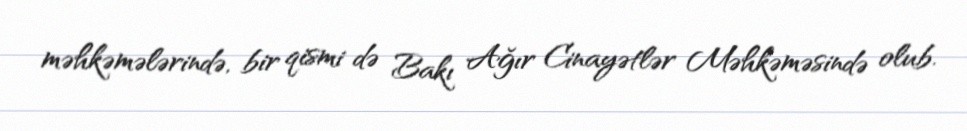
məhkəmələrində, bir qismi də Bakı Ağır Cinayətlər Məhkəməsində olub.